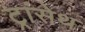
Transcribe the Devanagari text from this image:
ट्रांसेथ